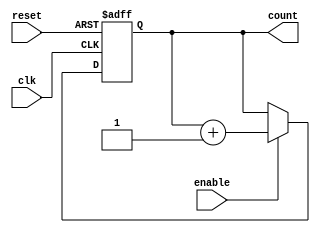
module cascaded_counter #(
    parameter N = 4 // Number of flip-flops (counter bits)
)(
    input wire clk,      // Clock signal
    input wire reset,    // Asynchronous reset signal
    input wire enable,   // Enable signal
    output reg [N-1:0] count // Counter output
);

    // Flip-flop cascaded implementation
    always @(posedge clk or posedge reset) begin
        if (reset) begin
            count <= 0; // Reset counter to zero
        end else if (enable) begin
            count <= count + 1; // Increment the counter
        end
    end

endmodule